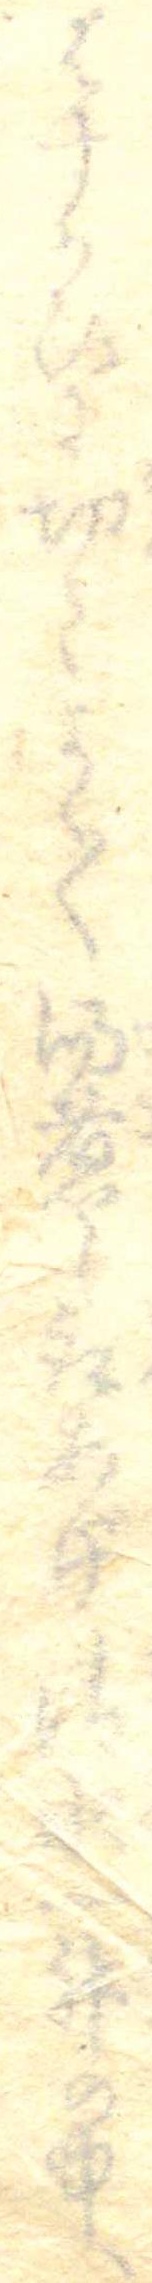
はすかひに切てよく〱湯煮し取あげ清水一升の中へ